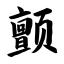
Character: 颤